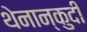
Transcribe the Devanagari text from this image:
थेनान्कुदी